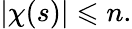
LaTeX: |\chi(s)|\leqslant n.